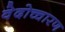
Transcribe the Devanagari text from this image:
वेदोच्चारण